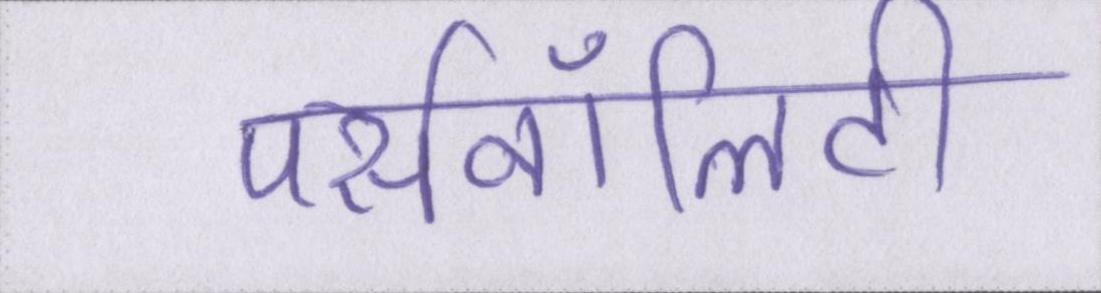
पर्सनॉलिटी